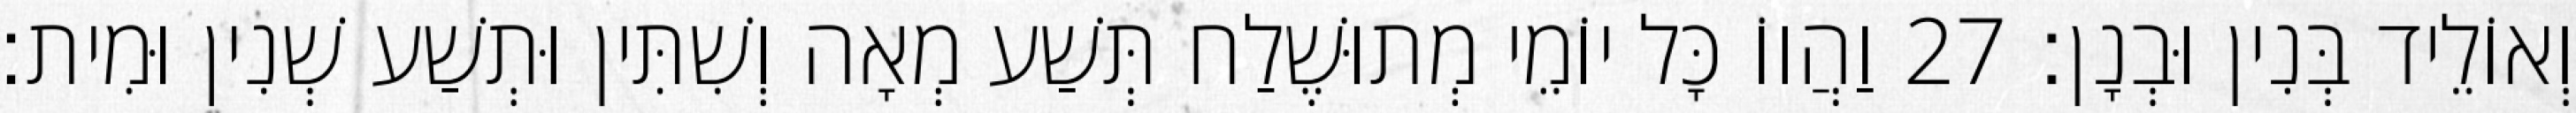
וְאוֹלֵיד בְּנִין וּבְנָן׃ 27 וַהֲווֹ כָּל יוֹמֵי מְתוּשֶׁלַח תְּשַׁע מְאָה וְשִׁתִּין וּתְשַׁע שְׁנִין וּמִית׃